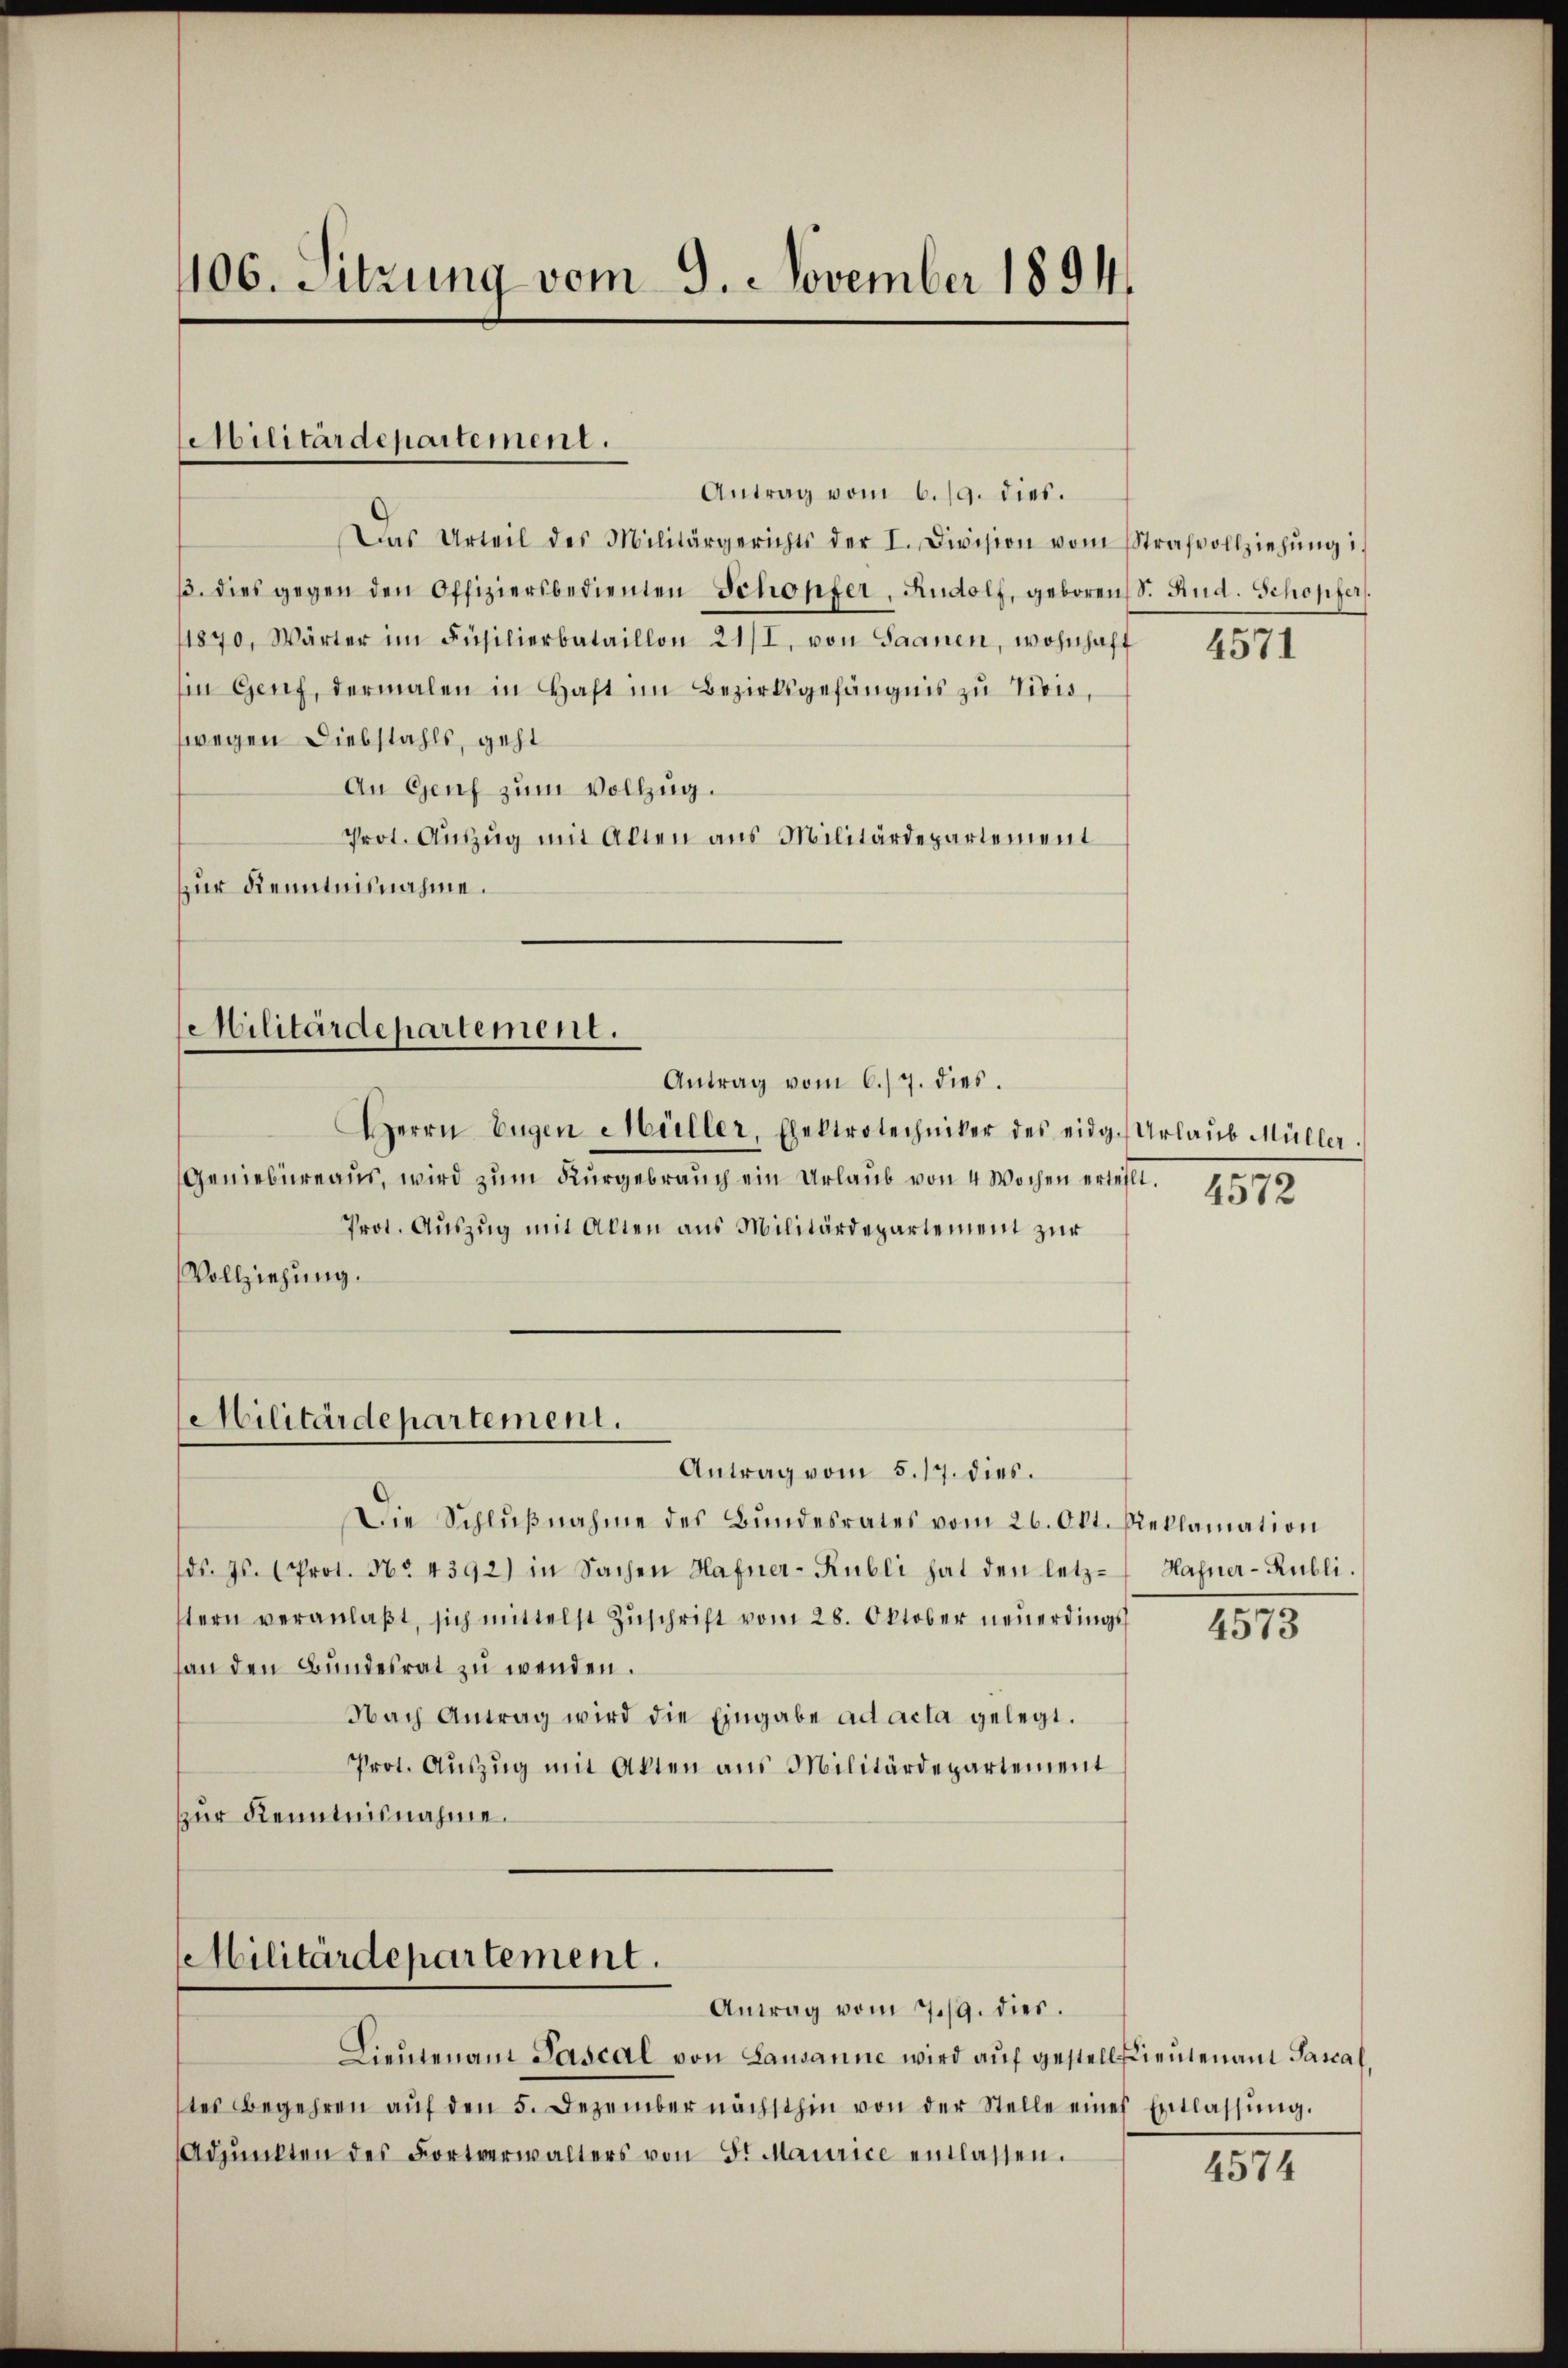
Das Urteil des Militärgerichts der I. Division vom Strafvollziehŭng i
3. dies gegen den Offiziersbedienten Schöpfer, Rudolf, geboren (S. Rud. Schopfer
1870, Wärter im Füsilierbataillon 21/I, von Saanen, wohnhaft
in Genf, dermalen in Haft im Bezirksgefängnis zŭ Vivis,
wegen Diebstahls, geht
An Genf zum Vollzug.
Prot. Aŭszŭg mit Alten aus Militärdepartement
zur Kenntnisnahme.

106. Sitzung vom 9. November 1894.

Militärdepartement.

Militärdepartement.
Antrag vom 6./7. dies.

Militärdepartement.

Militärdepartement.
Antrag vom 7./9. dies.

Antrag vom 6./9. dies.

Herrn Eugen Müller, Elektrotechniker des eidg. Urlaŭb Müller.
Geniebüreaŭs, wird zŭm Kŭrgebrauch ein Urlaŭb von 4 Wochen erteilt. 457
Prot. Auszug mit Alten aus Militärdepartement zur
Vollziehung.

Antrag vom 5. 17. dies.
Die Schlŭβnahme des Bŭndesrates vom 26. Okt. Reklamation
ds. Js. (Prot. No. 4392) in Sachen Hafner-Rubli hat den letzstern veranlaβt sich mittelst Zŭschrift vom 28. Oktober neŭerdings
an den Bŭndesrat zŭ wenden.
Nach Antrag wird die Eingabe ad acta gelegt.
Prot. Auszug mit Akten aus Militärdepartement
zur Kenntnisnahme.

Lieutenamt Pascal von Lausanne wird auf gestellieuten am Sancaltes Begehren aŭf den 5. Dezember nächsthin von der Stelle eines Entlassŭng.
Adpŭnkten des Fortverwalters von Sr. Maurice entlassen.

4571

Hafner-Rubli.

4573

4574